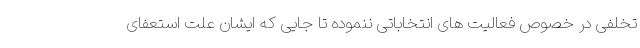
تخلفی در خصوص فعالیت های انتخاباتی ننموده تا جایی که ایشان علت استعفای